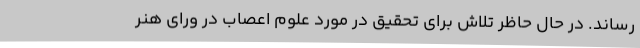
رساند. در حال حاظر تلاش برای تحقیق در مورد علوم اعصاب در ورای هنر